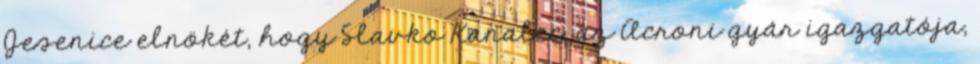
Jesenice elnökét, hogy Slavko Kanalec, az Acroni gyár igazgatója,